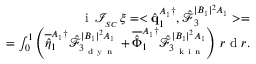
\begin{array} { r } { \mathrm { ~ i ~ } \, \mathcal { I } _ { _ { S C } } \, \xi = < \hat { \mathbf { q } } _ { 1 } ^ { A _ { 1 } \dagger } , \boldsymbol { \hat { \mathcal { F } } } _ { 3 } ^ { | B _ { 1 } | ^ { 2 } A _ { 1 } } > = } \\ { = \int _ { 0 } ^ { 1 } \left( \overline { { \hat { \eta } } } _ { 1 } ^ { A _ { 1 } \dagger } \hat { \mathcal { F } } _ { 3 _ { \mathrm { ~ d ~ y ~ n ~ } } } ^ { | B _ { 1 } | ^ { 2 } A _ { 1 } } + \overline { { \hat { \Phi } } } _ { 1 } ^ { A _ { 1 } \dagger } \hat { \mathcal { F } } _ { 3 _ { \mathrm { ~ k ~ i ~ n ~ } } } ^ { | B _ { 1 } | ^ { 2 } A _ { 1 } } \right) \, r \mathrm { ~ d ~ } r . } \end{array}